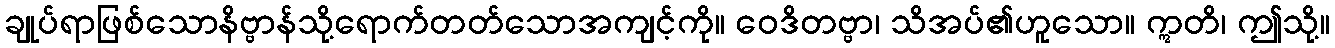
ချုပ်ရာဖြစ်သောနိဗ္ဗာန်သို့ရောက်တတ်သောအကျင့်ကို။ ဝေဒိတဗ္ဗာ၊ သိအပ်၏ဟူသော။ ဣတိ၊ ဤသို့။